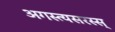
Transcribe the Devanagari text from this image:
अगस्त्यसरस्स्